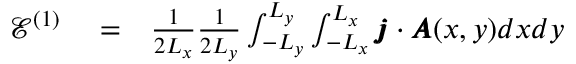
\begin{array} { r l r } { \mathcal { E } ^ { ( 1 ) } } & { { } = } & { \frac { 1 } { 2 L _ { x } } \frac { 1 } { 2 L _ { y } } \int _ { - L _ { y } } ^ { L _ { y } } \int _ { - L _ { x } } ^ { L _ { x } } \pmb { j } \cdot \pmb { A } ( x , y ) d x d y } \end{array}